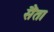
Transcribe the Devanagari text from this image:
सैंता